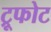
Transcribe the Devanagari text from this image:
ट्रूफोट